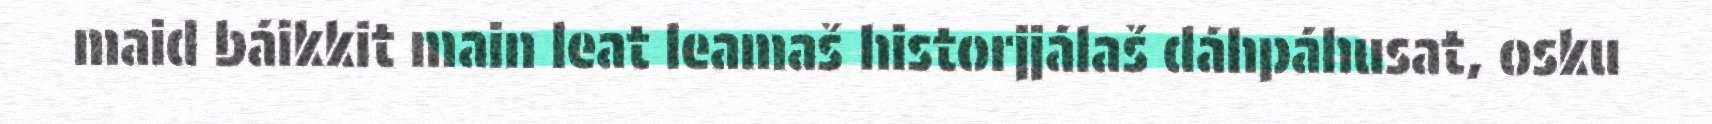
maid báikkit main leat leamaš historjjálaš dáhpáhusat, osku